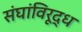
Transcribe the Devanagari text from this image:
संघांविरूद्ध